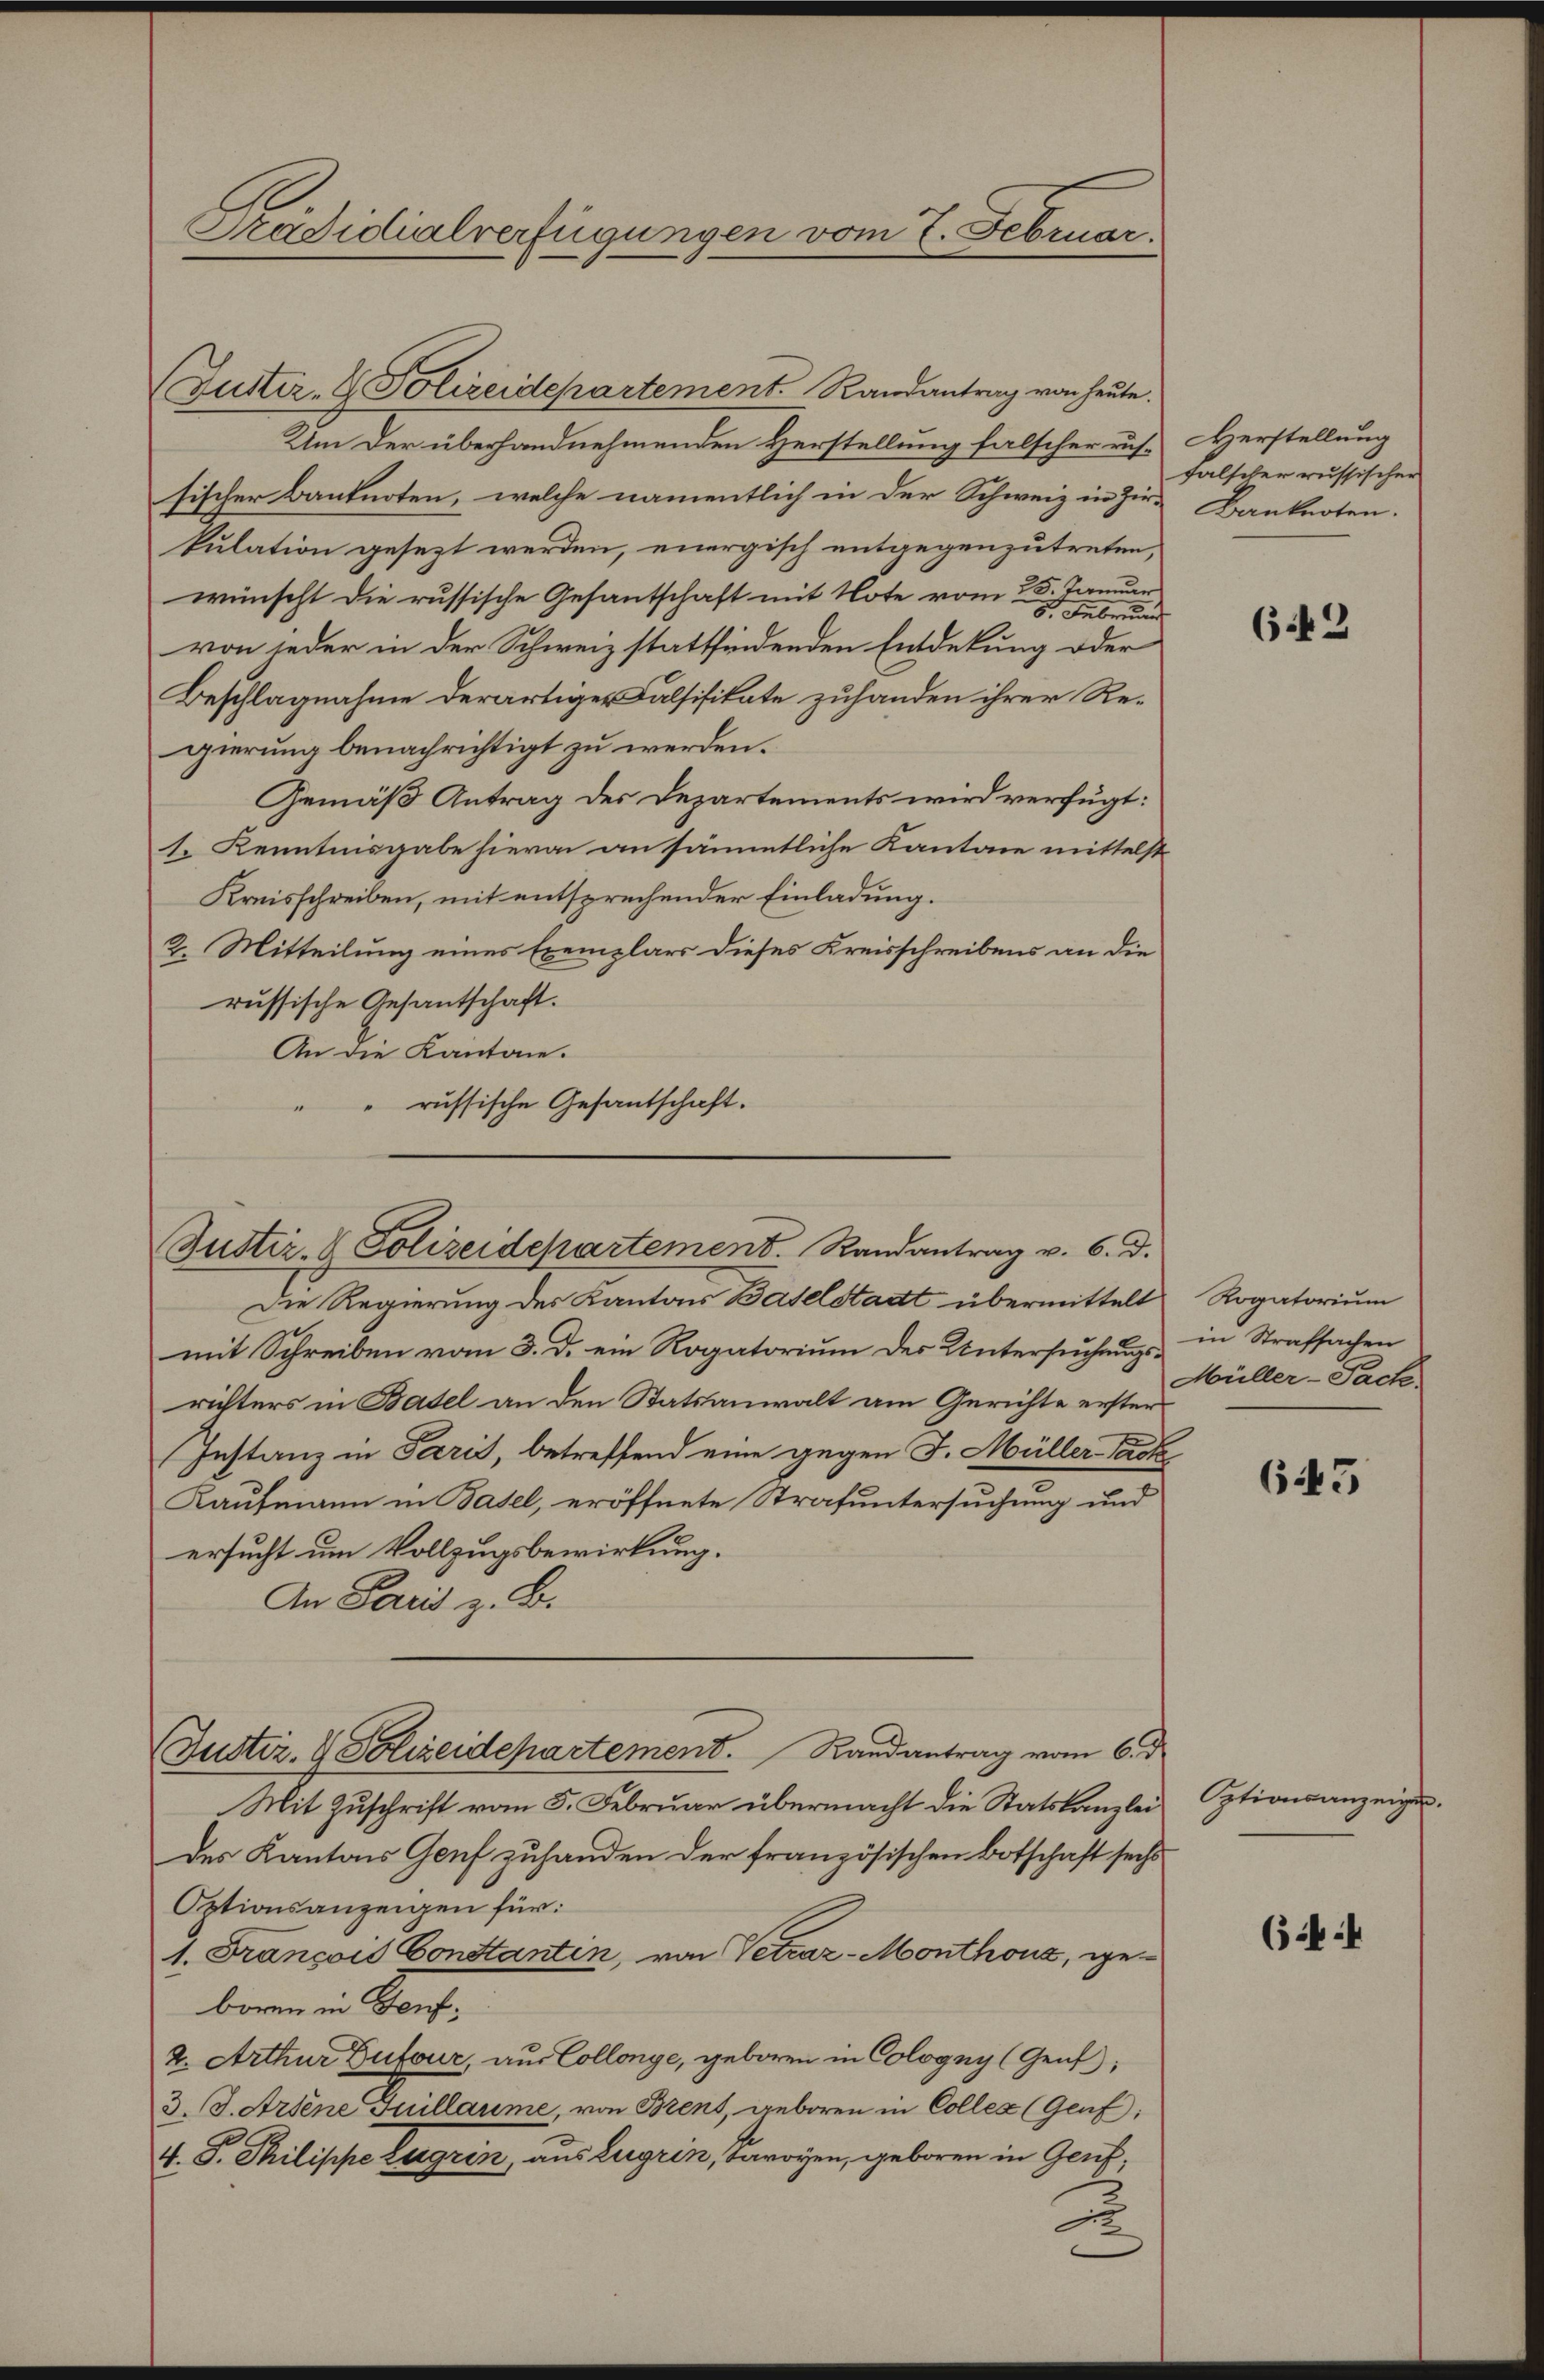
Zuster- & Polizeidepartement. Randantrag von heute.
Um der überhandnehmenden Herstellung falscher russischer Banknoten, welche namentlich in der Schweiz in Zir-
kulation gesezt werden, einergisch entgegenzutreten,
wünscht die russische Gesantschaft mit Note vom 25. Januar
8. Februnn
von jeder in der Schweiz stattfindenden Entdekung oder
Beschlagnahme derartiger Calsifikate zuhanden ihrer Regierung benachrichtigt zu werden.
Gemäß Antrag des Departements wird verfügt:
s. Kenntnisgabe hievon an sämmtliche Kantone mittelst
Kreisschreiben, mit entsprechender Einladung.
2. Mitteilung eines Exemplars dieses Kreisschreibens an die
russische Gesantschaft.
An die Kantone.
russische Gesantschaft.

Präsidialverfügungen vom 7. Februar.

Justiz- & Polizeidepartement. Randantrag v. 6. d.

(Justiz- & Polizeidepartement. Randantrag vom 6. d.

Mit Zuschrift vom 5. Februar übermacht die Statskanzlei
des Kantons Genf zuhanden der französischen Botschaft sechs
Optionsanzeigen für:
1. Francois Constanten, von Vetraz-Monthous, geboren in Dorf,
2. Arthur Dufour, aus Collonge, geboren in Cologny (Genf,
3. J. Artene Guillaume, von Brent, geboren in Colleg (Genf;
4. P. Philippe Zugrin, aus Lugrin, Baronen, geboren in Genf,
0

Herstellung
falscher russischer
Banknoten.

Die Regierung des Kantons Baselstadt übermittelt
mit Schreiben vom 3. d. ein Rogatorium der Untersuchungsrichters in Basel an den Statsanwalt am Gerichte erster
Instanz in Paris, betreffend eine gegen J. Müller Sack
Kaufmann in Basel, eröffnete Strafuntersuchung und
ersucht um Vollzugsbewirkung.
An Paris z. B.

643

Rogatorium
in Strafsachen
Müller-Pack

643

Optionsanzeigen.

6:4